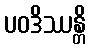
ပဝဒိဿန္တိ